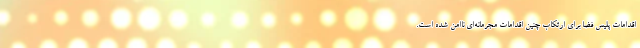
اقدامات پلیس فضا برای ارتکاب چنین اقدامات مجرمانه‌ای ناامن شده است.